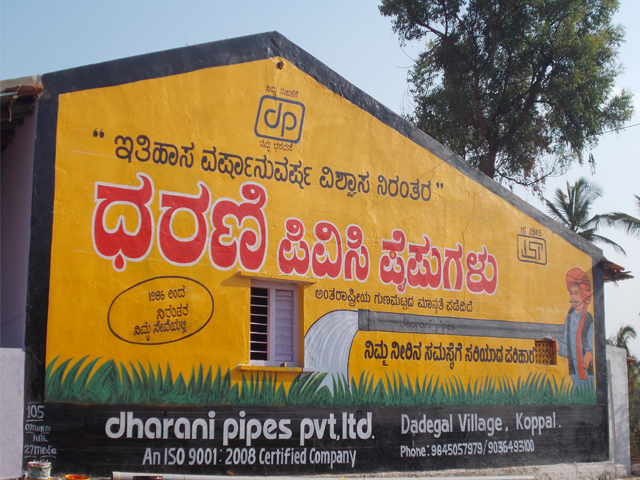
Language: kannada
Transcription: ಪೈಪುಗಳು ಧರಣಿ ಪಿವಿಸಿ ನಿರಂತರ ವಿಶ್ವಾಸ